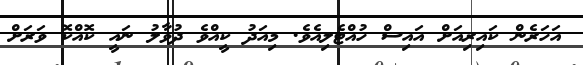
އަހަރެން ކައިރިއަށް އައިސް ހުއްޓެލިއެވެ. މިއަދު ކީއްވެ ދުވާލު ނައީ ކޮއްކޮ ވަރަށް